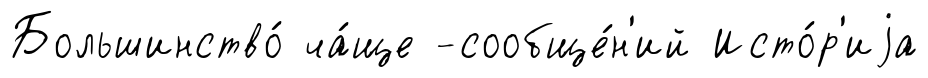
Большинство́ ча́ще -сообще́н'ий Исто́р'иjа